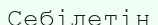
Себілетін